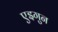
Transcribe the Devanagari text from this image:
एइगुन